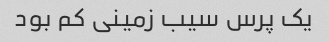
یک پرس سیب زمینی کم بود